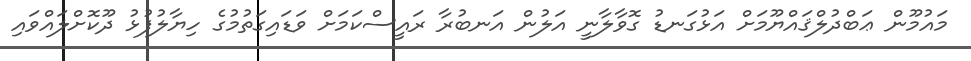
މައުމޫން ޢަބްދުލްޤައްޔޫމަށް އަޅުގަނޑު ގޮވާލާނީ އަލުން އަނބުރާ ރައީސްކަމަށް ވަޑައިގަތުމުގެ ހިޔާލުފުޅު ދޫކޮށްލައްވައި